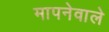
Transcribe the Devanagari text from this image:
मापनेवाले